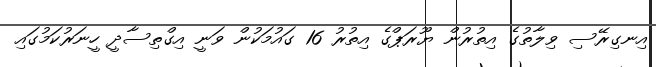
އިނގިރޭސި ވިލާތުގެ އިތުރުން ޔޫރަޕްގެ އިތުރު 16 ގައުމަކުން ވަނީ އިގްތިސާދީ ހީނަރުކަމުގައި